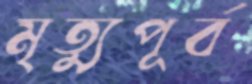
মৃত্যুপূর্ব